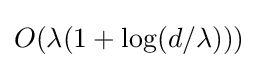
O(\lambda (1+\log(d/\lambda )))